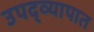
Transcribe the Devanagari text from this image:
उपद्व्यापात